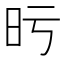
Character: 𣅙